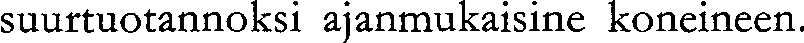
suurtuotannoksi ajanmukaisine koneineen.